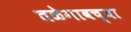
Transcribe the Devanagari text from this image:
तळेगावच्या